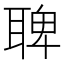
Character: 聛